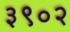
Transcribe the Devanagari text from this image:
३९०२